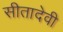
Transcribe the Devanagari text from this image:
सीतादेवी